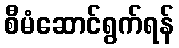
စီမံဆောင်ရွက်ရန်